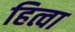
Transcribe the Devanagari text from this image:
हित्वा